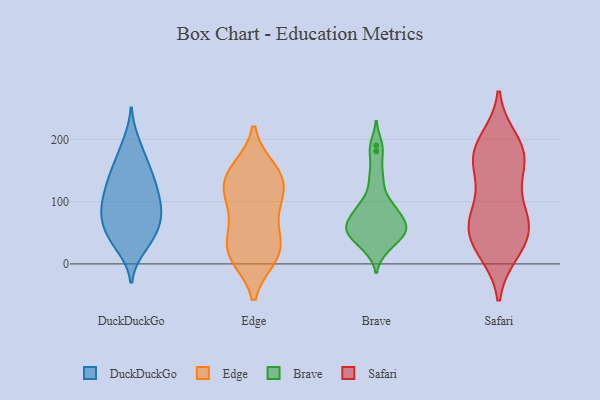
{"axis": {"x": "Backlog", "y": "Value"}, "legend": ["Brave", "DuckDuckGo", "Edge", "Safari"], "data": [{"x": "", "y": 110, "type": "DuckDuckGo"}, {"x": "", "y": 48, "type": "DuckDuckGo"}, {"x": "", "y": 85, "type": "DuckDuckGo"}, {"x": "", "y": 183, "type": "DuckDuckGo"}, {"x": "", "y": 113, "type": "DuckDuckGo"}, {"x": "", "y": 155, "type": "DuckDuckGo"}, {"x": "", "y": 88, "type": "DuckDuckGo"}, {"x": "", "y": 27, "type": "DuckDuckGo"}, {"x": "", "y": 43, "type": "DuckDuckGo"}, {"x": "", "y": 90, "type": "DuckDuckGo"}, {"x": "", "y": 123, "type": "DuckDuckGo"}, {"x": "", "y": 77, "type": "DuckDuckGo"}, {"x": "", "y": 66, "type": "DuckDuckGo"}, {"x": "", "y": 33, "type": "DuckDuckGo"}, {"x": "", "y": 136, "type": "DuckDuckGo"}, {"x": "", "y": 83, "type": "DuckDuckGo"}, {"x": "", "y": 137, "type": "DuckDuckGo"}, {"x": "", "y": 52, "type": "DuckDuckGo"}, {"x": "", "y": 194, "type": "DuckDuckGo"}, {"x": "", "y": 152, "type": "DuckDuckGo"}, {"x": "", "y": 149, "type": "Edge"}, {"x": "", "y": 10, "type": "Edge"}, {"x": "", "y": 94, "type": "Edge"}, {"x": "", "y": 12, "type": "Edge"}, {"x": "", "y": 64, "type": "Edge"}, {"x": "", "y": 132, "type": "Edge"}, {"x": "", "y": 153, "type": "Edge"}, {"x": "", "y": 102, "type": "Edge"}, {"x": "", "y": 51, "type": "Edge"}, {"x": "", "y": 25, "type": "Edge"}, {"x": "", "y": 30, "type": "Edge"}, {"x": "", "y": 120, "type": "Edge"}, {"x": "", "y": 146, "type": "Edge"}, {"x": "", "y": 120, "type": "Edge"}, {"x": "", "y": 10, "type": "Edge"}, {"x": "", "y": 60, "type": "Brave"}, {"x": "", "y": 190, "type": "Brave"}, {"x": "", "y": 60, "type": "Brave"}, {"x": "", "y": 62, "type": "Brave"}, {"x": "", "y": 86, "type": "Brave"}, {"x": "", "y": 25, "type": "Brave"}, {"x": "", "y": 144, "type": "Brave"}, {"x": "", "y": 94, "type": "Brave"}, {"x": "", "y": 43, "type": "Brave"}, {"x": "", "y": 91, "type": "Brave"}, {"x": "", "y": 61, "type": "Brave"}, {"x": "", "y": 70, "type": "Brave"}, {"x": "", "y": 95, "type": "Brave"}, {"x": "", "y": 55, "type": "Brave"}, {"x": "", "y": 181, "type": "Brave"}, {"x": "", "y": 45, "type": "Brave"}, {"x": "", "y": 48, "type": "Brave"}, {"x": "", "y": 131, "type": "Brave"}, {"x": "", "y": 26, "type": "Brave"}, {"x": "", "y": 62, "type": "Safari"}, {"x": "", "y": 178, "type": "Safari"}, {"x": "", "y": 192, "type": "Safari"}, {"x": "", "y": 150, "type": "Safari"}, {"x": "", "y": 20, "type": "Safari"}, {"x": "", "y": 168, "type": "Safari"}, {"x": "", "y": 64, "type": "Safari"}, {"x": "", "y": 185, "type": "Safari"}, {"x": "", "y": 26, "type": "Safari"}, {"x": "", "y": 75, "type": "Safari"}, {"x": "", "y": 200, "type": "Safari"}, {"x": "", "y": 134, "type": "Safari"}, {"x": "", "y": 18, "type": "Safari"}, {"x": "", "y": 77, "type": "Safari"}, {"x": "", "y": 45, "type": "Safari"}, {"x": "", "y": 93, "type": "Safari"}, {"x": "", "y": 56, "type": "Safari"}, {"x": "", "y": 160, "type": "Safari"}]}